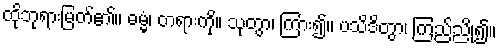
ထိုဘုရားမြတ်၏။ ဓမ္မံ၊ တရားကို။ သုတွာ၊ ကြား၍။ ပသိဒိတွာ၊ ကြည်ညို၍။